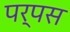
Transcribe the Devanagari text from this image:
पर्पस